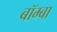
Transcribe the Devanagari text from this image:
बॉम्बा